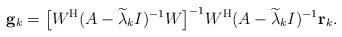
LaTeX: \begin{align*}{\bf g}_k=\big[W^{\rm H}(A-\widetilde{\lambda}_kI)^{-1}W\big]^{-1}W^{\rm H}(A-\widetilde{\lambda}_kI)^{-1}{\bf r}_k.\end{align*}